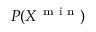
P ( X ^ { \mathrm { ~ m ~ i ~ n ~ } } )